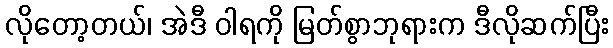
လိုတော့တယ်၊ အဲဒီ ဝါရကို မြတ်စွာဘုရားက ဒီလိုဆက်ပြီး